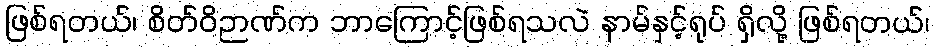
ဖြစ်ရတယ်၊ စိတ်ဝိဉာဏ်က ဘာကြောင့်ဖြစ်ရသလဲ နာမ်နှင့်ရုပ် ရှိလို့ ဖြစ်ရတယ်၊